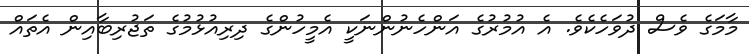
މާމަގެ ވެސް ދުވަހެކެވެ. އެ އުމުރުގެ އަންހެނުންނަކީ އެމީހުންގެ ދިރިއުޅުމުގެ ތަޖުރިބާއިން އެތައް